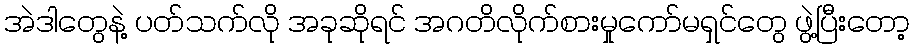
အဲဒါတွေနဲ့ ပတ်သက်လို အခုဆိုရင် အဂတိလိုက်စားမှုကော်မရှင်တွေ ဖွဲ့ပြီးတော့